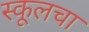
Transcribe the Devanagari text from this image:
स्कूलचा